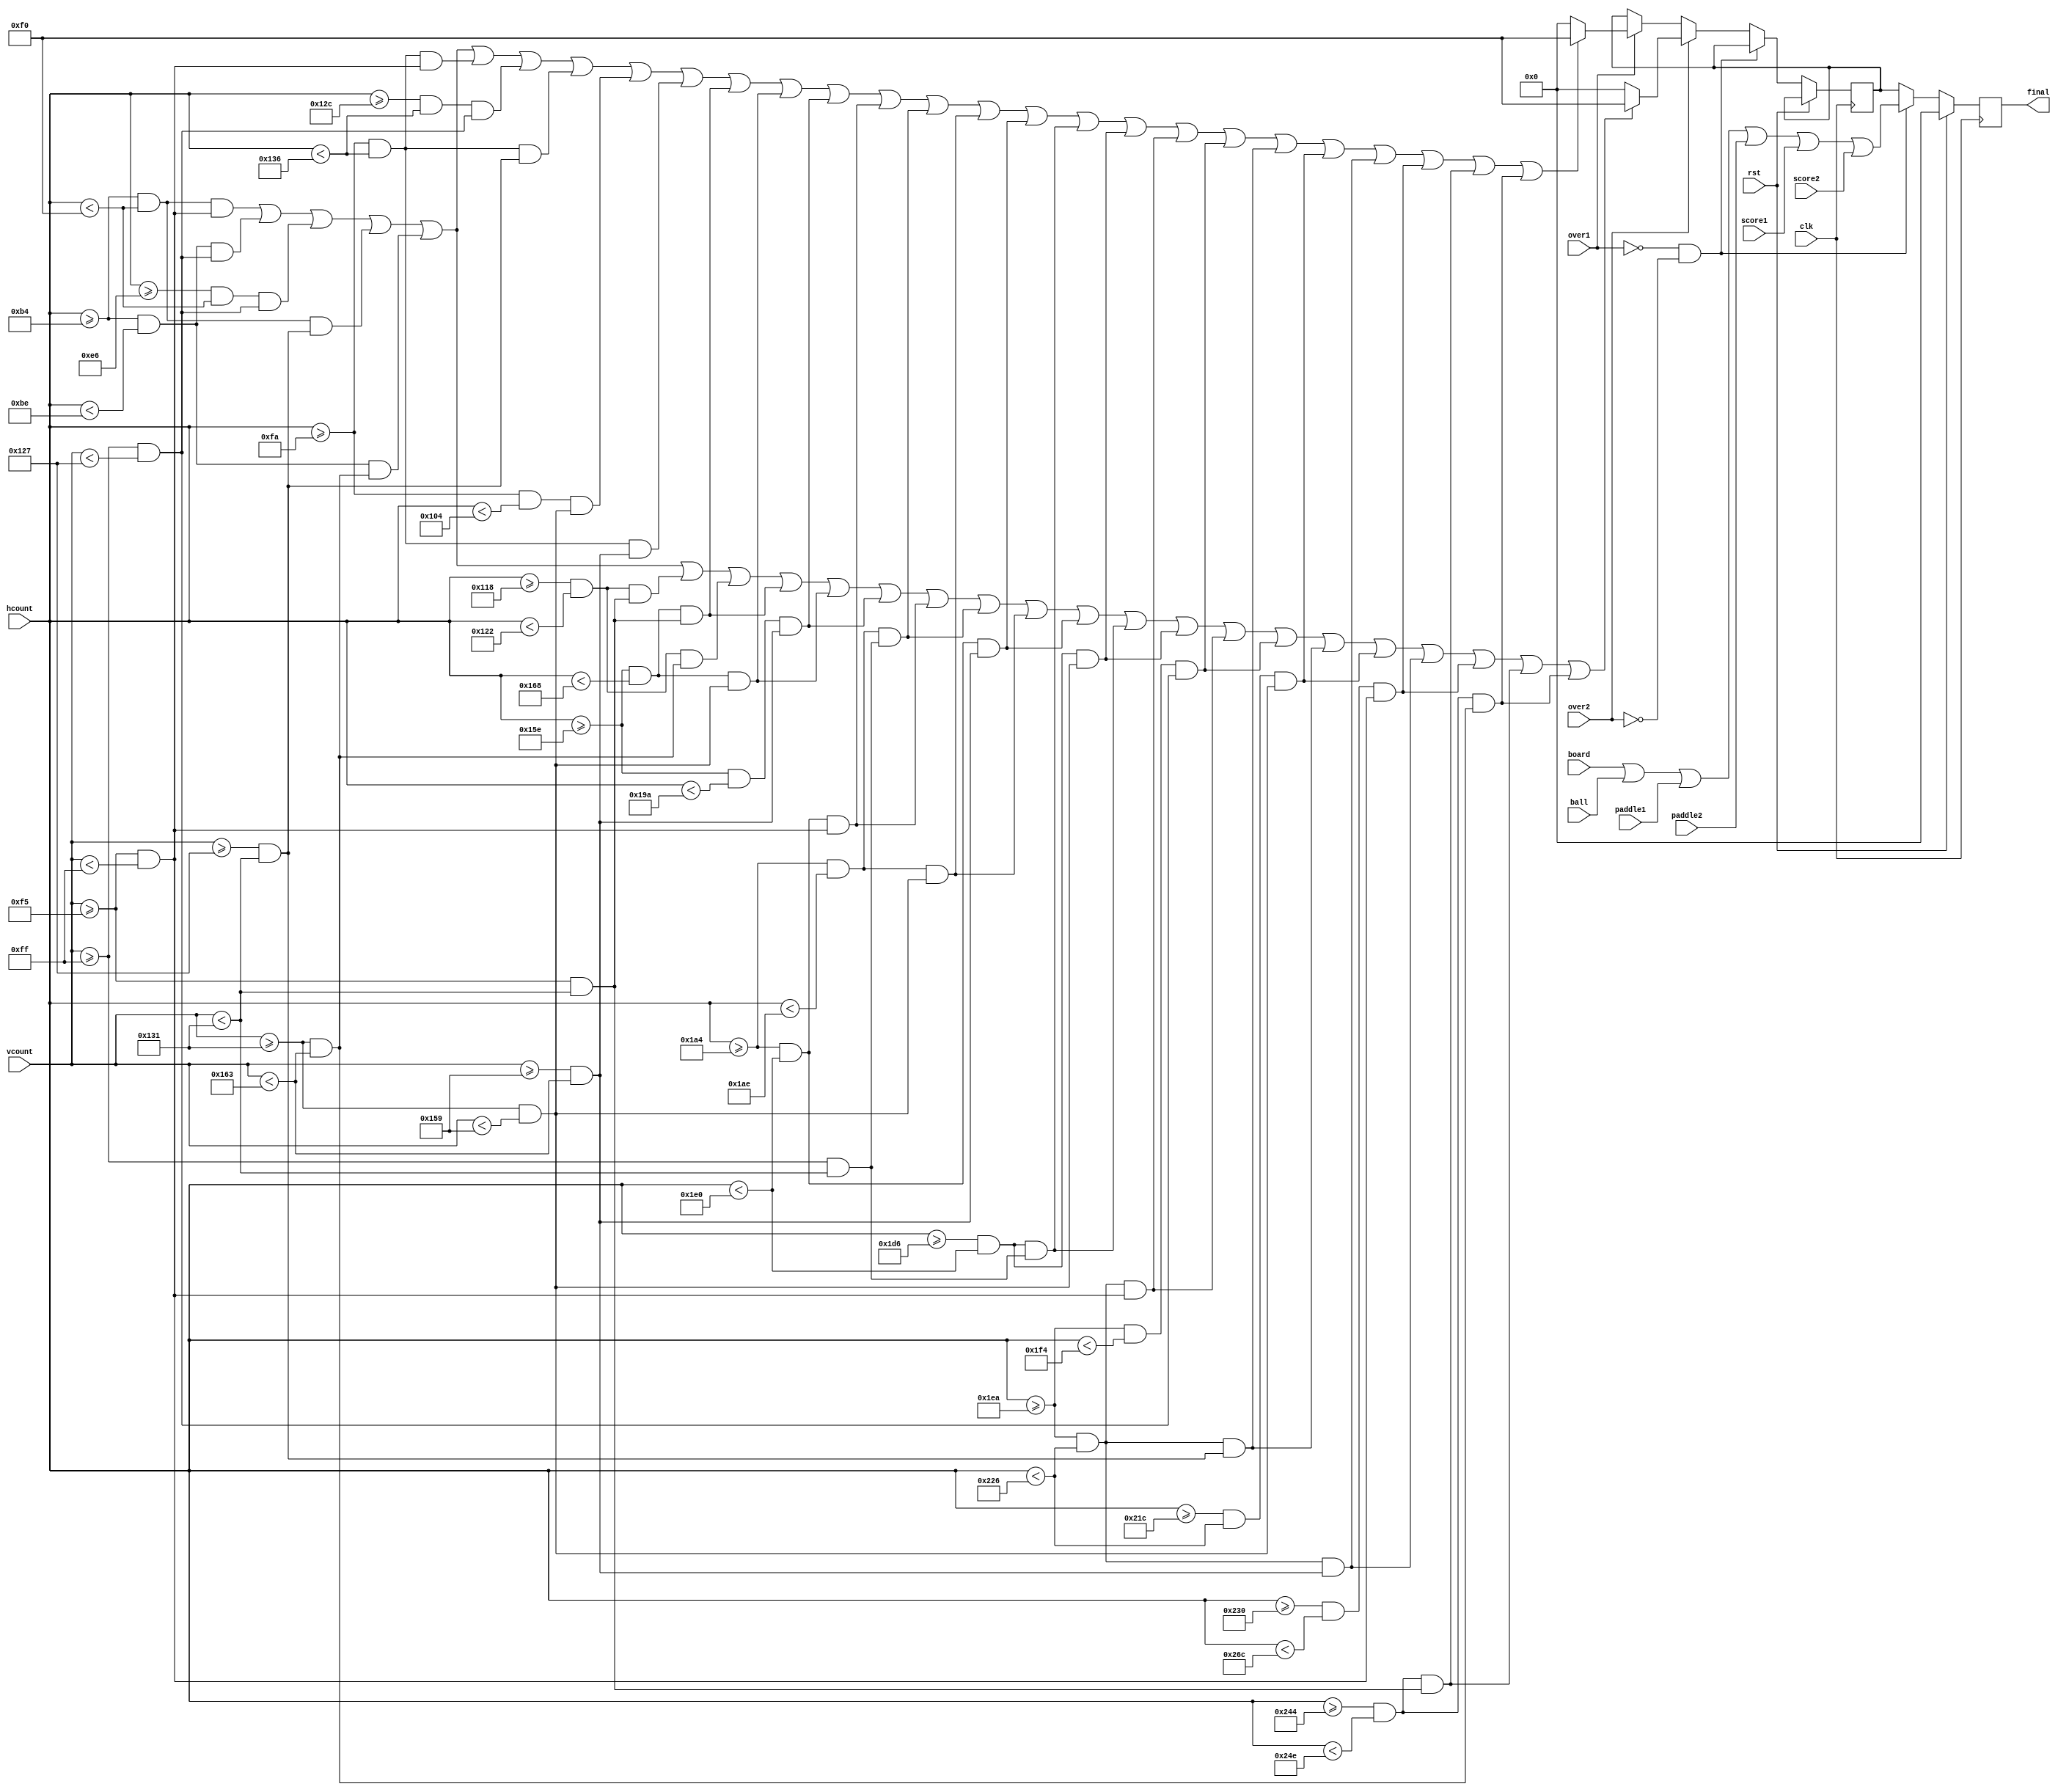
//  ===================================================================================
//  								  Define Module, Inputs and Outputs
//										* Generates final pixel output *
//  ===================================================================================
module output_pixels #(parameter WIDTH = 10,   // default width: 10 pixels
               HEIGHT = 40)(                // default height: 40 pixels 
		clk,
		rst,
		paddle1 ,
		paddle2,
		score1,
		score2,
		over1,
		over2,
		hcount,
		vcount,
		board,
		ball,
		final 
);

// ====================================================================================
// 										Port Declarations
// ====================================================================================
	input 		 clk;
	input 		 rst;
	input			 over1;
	input			 over2;
	input	[10:0] hcount;
	input	[9:0]	 vcount;
	input [7:0]  paddle1;
	input [7:0]  paddle2;
	input [7:0]	 score1;
	input [7:0]	 score2;
	input [7:0]  board;
	input [7:0]  ball;
	output [7:0] final;

// ====================================================================================
// 								Parameters, Register, and Wires
// ====================================================================================
	reg [7:0]	 final;
	reg [7:0]	 pixels;
	reg [7:0]	 x = 180;
	reg [7:0]	 y = 245;
  
//  ===================================================================================
// 							  				Implementation
//  ===================================================================================
	
		always @(posedge clk)
		begin
			if ( rst == 1 )
				final <= 0;
		   else
				if (over1 == 0 && over2 == 0)
					final <= board | ball | paddle1 | paddle2 | score1 | score2;
				else
				begin
					if (over2 == 1)
						if (((hcount >= x && hcount < (x + 2*WIDTH + HEIGHT)) && (vcount >= y && vcount < (y + WIDTH))) || //upper horizontal line																+-----+  |
							 ((hcount >= x && hcount < (x + WIDTH)) && (vcount >= (y + WIDTH) && vcount < (y + WIDTH + HEIGHT))) || //upper left vertical line												|		|  |
							 ((hcount >= (x + WIDTH + HEIGHT) && hcount < (x + 2*WIDTH + HEIGHT)) && (vcount >= (y + WIDTH) && vcount < (y + WIDTH + HEIGHT))) || //upper right vertical line		+-----+  |
							 ((hcount >= x && hcount < (x + 2*WIDTH + HEIGHT)) && (vcount >= (y + WIDTH + HEIGHT) && vcount < (y + 2*WIDTH + HEIGHT))) || //middle vertical line						|        |
							 ((hcount >= x && hcount < (x + WIDTH)) && (vcount >= (y + 2*WIDTH + HEIGHT) && vcount < (y + 3*WIDTH + 2*HEIGHT))) || //lower left vertical line							|        |
							 ((hcount >= (x + 4*WIDTH + HEIGHT + HEIGHT/2) && hcount < (x + 5*WIDTH + HEIGHT + HEIGHT/2)) && (vcount >= y && vcount < (y + 2*WIDTH + HEIGHT))) || //upper right vertical line								 |
							 ((hcount >= (x + 4*WIDTH + HEIGHT + HEIGHT/2) && hcount < (x + 5*WIDTH + HEIGHT + HEIGHT/2)) && (vcount >= (y + 2*WIDTH + HEIGHT) && vcount < (y + 3*WIDTH + 2*HEIGHT)))||//lower right vertical line    |
							 ((hcount >= (x + 5*WIDTH + 3*HEIGHT) && hcount < (x + 6*WIDTH + 3*HEIGHT)) && (vcount >= y && vcount < (y + 2*WIDTH + HEIGHT))) || //upper left vertical line						  	       |
							 ((hcount >= (x + 5*WIDTH + 3*HEIGHT) && hcount < (x + 6*WIDTH + 3*HEIGHT)) && (vcount >= (y + 2*WIDTH + HEIGHT) && vcount < (y + 2*WIDTH + 2*HEIGHT))) || //lower left vertical line   |
							 ((hcount >= (x + 5*WIDTH + 3*HEIGHT) && hcount < (x + 7*WIDTH + 4*HEIGHT)) && (vcount >= (y + 2*WIDTH + 2*HEIGHT) && vcount < (y + 3*WIDTH + 2*HEIGHT))) || //lower horizontal line    +-----
							 ((hcount >= (x + 8*WIDTH + 4*HEIGHT) && hcount < (x + 10*WIDTH + 5*HEIGHT)) && (vcount >= y && vcount < (y + WIDTH))) || //upper horizontal line												    +----+
							 ((hcount >= (x + 8*WIDTH + 4*HEIGHT) && hcount < (x + 9*WIDTH + 4*HEIGHT)) && (vcount >= (y + WIDTH) && vcount < (y + 2*WIDTH + HEIGHT))) || //upper left vertical line				    |    |
							 ((hcount >= (x + 8*WIDTH + 4*HEIGHT) && hcount < (x + 9*WIDTH + 4*HEIGHT)) && (vcount >= (y + 2*WIDTH + HEIGHT) && vcount < (y + 2*WIDTH + 2*HEIGHT))) || //lower left vertical line   |    |
							 ((hcount >= (x + 8*WIDTH + 4*HEIGHT) && hcount < (x + 10*WIDTH + 5*HEIGHT)) && (vcount >= (y + 2*WIDTH + 2*HEIGHT) && vcount < (y + 3*WIDTH + 2*HEIGHT))) || //lower horizontal line   |    |
							 ((hcount >= (x + 9*WIDTH + 5*HEIGHT) && hcount < (x + 10*WIDTH + 5*HEIGHT)) && (vcount >= (y + WIDTH) && vcount < (y + 2*WIDTH + HEIGHT))) || //upper right vertical line				    +----+
							 ((hcount >= (x + 9*WIDTH + 5*HEIGHT) && hcount < (x + 10*WIDTH + 5*HEIGHT)) && (vcount >= (y + 2*WIDTH + HEIGHT) && vcount < (y + 2*WIDTH + 2*HEIGHT))) ||//lower right vertical line  +----+
							 ((hcount >= (x + 11*WIDTH + 5*HEIGHT) && hcount < (x + 13*WIDTH + 6*HEIGHT)) && (vcount >= y && vcount < (y + WIDTH))) || //upper horizontal line													 |
							 ((hcount >= (x + 11*WIDTH + 5*HEIGHT) && hcount < (x + 12*WIDTH + 5*HEIGHT)) && (vcount >= (y + WIDTH) && vcount < (y + WIDTH + HEIGHT))) || //upper left vertical line					 +----+
							 ((hcount >= (x + 11*WIDTH + 5*HEIGHT) && hcount < (x + 13*WIDTH + 6*HEIGHT)) && (vcount >= (y + WIDTH + HEIGHT) && vcount < (y + 2*WIDTH + HEIGHT))) || //middle vertical line			 		|
							 ((hcount >= (x + 12*WIDTH + 6*HEIGHT) && hcount < (x + 13*WIDTH + 6*HEIGHT)) && (vcount >= (y + 2*WIDTH + HEIGHT) && vcount < (y + 2*WIDTH + 2*HEIGHT))) || //lower right 				 +----+		
							 ((hcount >= (x + 11*WIDTH + 5*HEIGHT) && hcount < (x + 13*WIDTH + 6*HEIGHT)) && (vcount >= (y + 2*WIDTH + 2*HEIGHT) && vcount < (y + 3*WIDTH + 2*HEIGHT))) ||//lower horizontal line	 +-+--+
							 ((hcount >= (x + 14*WIDTH + 6*HEIGHT) && hcount < (x + 16*WIDTH + 7*HEIGHT)) && (vcount >= y && vcount < (y + WIDTH))) || //upper horizontal line													 	|
							 ((hcount >= (x + 14*WIDTH + 6*HEIGHT + HEIGHT/2) && hcount < (x + 15*WIDTH + 6*HEIGHT + HEIGHT/2)) && (vcount >= y && vcount < (y + 2*WIDTH + HEIGHT))) || //upper right vertical line					|
							 ((hcount >= (x + 14*WIDTH + 6*HEIGHT + HEIGHT/2) && hcount < (x + 15*WIDTH + 6*HEIGHT + HEIGHT/2)) && (vcount >= (y + 2*WIDTH + HEIGHT) && vcount < (y + 3*WIDTH + 2*HEIGHT)))//lower right 			|
							)
							pixels <= 8'hF0;
						else 
							pixels <= 8'b0;
					else if (over1 == 1)
						if (((hcount >= x && hcount < (x + 2*WIDTH + HEIGHT)) && (vcount >= y && vcount < (y + WIDTH))) || //upper horizontal line																+-----+  +----+
							 ((hcount >= x && hcount < (x + WIDTH)) && (vcount >= (y + WIDTH) && vcount < (y + WIDTH + HEIGHT))) || //upper left vertical line												|		|  	  |
							 ((hcount >= (x + WIDTH + HEIGHT) && hcount < (x + 2*WIDTH + HEIGHT)) && (vcount >= (y + WIDTH) && vcount < (y + WIDTH + HEIGHT))) || //upper right vertical line		+-----+  +----+
							 ((hcount >= x && hcount < (x + 2*WIDTH + HEIGHT)) && (vcount >= (y + WIDTH + HEIGHT) && vcount < (y + 2*WIDTH + HEIGHT))) || //middle horizontal line									|        |
							 ((hcount >= x && hcount < (x + WIDTH)) && (vcount >= (y + 2*WIDTH + HEIGHT) && vcount < (y + 3*WIDTH + 2*HEIGHT))) || //lower left vertical line							|        +----+
							 ((hcount >= (x + 3*WIDTH + HEIGHT) && hcount < (x + 5*WIDTH + 2*HEIGHT)) && (vcount >= y && vcount < (y + WIDTH))) || //upper horizontal line
							 ((hcount >= (x + 4*WIDTH + 2*HEIGHT) && hcount < (x + 5*WIDTH + 2*HEIGHT)) && (vcount >= (y + WIDTH) && vcount < (y + WIDTH + HEIGHT))) || //upper right vertical line
							 ((hcount >= (x + 3*WIDTH + HEIGHT) && hcount < (x + 5*WIDTH + 2*HEIGHT)) && (vcount >= (y + WIDTH + HEIGHT) && vcount < (y + 2*WIDTH + HEIGHT))) || //middle horizontal line
							 ((hcount >= (x + 3*WIDTH + HEIGHT) && hcount < (x + 4*WIDTH + HEIGHT)) && (vcount >= (y + 2*WIDTH + HEIGHT) && vcount < (y + 2*WIDTH + 2*HEIGHT))) || //lower left vertical line		 |
							 ((hcount >= (x + 3*WIDTH + HEIGHT) && hcount < (x + 5*WIDTH + 2*HEIGHT)) && (vcount >= (y + 2*WIDTH + 2*HEIGHT) && vcount < (y + 3*WIDTH + 2*HEIGHT))) || //lower horizontal line		 |
							 ((hcount >= (x + 5*WIDTH + 3*HEIGHT) && hcount < (x + 6*WIDTH + 3*HEIGHT)) && (vcount >= y && vcount < (y + 2*WIDTH + HEIGHT))) || //upper left vertical line						  	       |
							 ((hcount >= (x + 5*WIDTH + 3*HEIGHT) && hcount < (x + 6*WIDTH + 3*HEIGHT)) && (vcount >= (y + 2*WIDTH + HEIGHT) && vcount < (y + 2*WIDTH + 2*HEIGHT))) || //lower left vertical line   |
							 ((hcount >= (x + 5*WIDTH + 3*HEIGHT) && hcount < (x + 7*WIDTH + 4*HEIGHT)) && (vcount >= (y + 2*WIDTH + 2*HEIGHT) && vcount < (y + 3*WIDTH + 2*HEIGHT))) || //lower horizontal line    +-----
							 ((hcount >= (x + 8*WIDTH + 4*HEIGHT) && hcount < (x + 10*WIDTH + 5*HEIGHT)) && (vcount >= y && vcount < (y + WIDTH))) || //upper horizontal line												    +----+
							 ((hcount >= (x + 8*WIDTH + 4*HEIGHT) && hcount < (x + 9*WIDTH + 4*HEIGHT)) && (vcount >= (y + WIDTH) && vcount < (y + 2*WIDTH + HEIGHT))) || //upper left vertical line				    |    |
							 ((hcount >= (x + 8*WIDTH + 4*HEIGHT) && hcount < (x + 9*WIDTH + 4*HEIGHT)) && (vcount >= (y + 2*WIDTH + HEIGHT) && vcount < (y + 2*WIDTH + 2*HEIGHT))) || //lower left vertical line   |    |
							 ((hcount >= (x + 8*WIDTH + 4*HEIGHT) && hcount < (x + 10*WIDTH + 5*HEIGHT)) && (vcount >= (y + 2*WIDTH + 2*HEIGHT) && vcount < (y + 3*WIDTH + 2*HEIGHT))) || //lower horizontal line   |    |
							 ((hcount >= (x + 9*WIDTH + 5*HEIGHT) && hcount < (x + 10*WIDTH + 5*HEIGHT)) && (vcount >= (y + WIDTH) && vcount < (y + 2*WIDTH + HEIGHT))) || //upper right vertical line				    +----+
							 ((hcount >= (x + 9*WIDTH + 5*HEIGHT) && hcount < (x + 10*WIDTH + 5*HEIGHT)) && (vcount >= (y + 2*WIDTH + HEIGHT) && vcount < (y + 2*WIDTH + 2*HEIGHT))) ||//lower right vertical line  +----+
							 ((hcount >= (x + 11*WIDTH + 5*HEIGHT) && hcount < (x + 13*WIDTH + 6*HEIGHT)) && (vcount >= y && vcount < (y + WIDTH))) || //upper horizontal line													 |
							 ((hcount >= (x + 11*WIDTH + 5*HEIGHT) && hcount < (x + 12*WIDTH + 5*HEIGHT)) && (vcount >= (y + WIDTH) && vcount < (y + WIDTH + HEIGHT))) || //upper left vertical line					 +----+
							 ((hcount >= (x + 11*WIDTH + 5*HEIGHT) && hcount < (x + 13*WIDTH + 6*HEIGHT)) && (vcount >= (y + WIDTH + HEIGHT) && vcount < (y + 2*WIDTH + HEIGHT))) || //middle horizontal line		 		|
							 ((hcount >= (x + 12*WIDTH + 6*HEIGHT) && hcount < (x + 13*WIDTH + 6*HEIGHT)) && (vcount >= (y + 2*WIDTH + HEIGHT) && vcount < (y + 2*WIDTH + 2*HEIGHT))) || //lower right 				 +----+		
							 ((hcount >= (x + 11*WIDTH + 5*HEIGHT) && hcount < (x + 13*WIDTH + 6*HEIGHT)) && (vcount >= (y + 2*WIDTH + 2*HEIGHT) && vcount < (y + 3*WIDTH + 2*HEIGHT))) ||//lower horizontal line	 +-+--+
							 ((hcount >= (x + 14*WIDTH + 6*HEIGHT) && hcount < (x + 16*WIDTH + 7*HEIGHT)) && (vcount >= y && vcount < (y + WIDTH))) || //upper horizontal line													 	|
							 ((hcount >= (x + 14*WIDTH + 6*HEIGHT + HEIGHT/2) && hcount < (x + 15*WIDTH + 6*HEIGHT + HEIGHT/2)) && (vcount >= y && vcount < (y + 2*WIDTH + HEIGHT))) || 								//		|
							 ((hcount >= (x + 14*WIDTH + 6*HEIGHT + HEIGHT/2) && hcount < (x + 15*WIDTH + 6*HEIGHT + HEIGHT/2)) && (vcount >= (y + 2*WIDTH + HEIGHT) && vcount < (y + 3*WIDTH + 2*HEIGHT)))		//		|
							)
							pixels <= 8'hF0;
						else 
							pixels <= 8'b0;
						
					final <= pixels;
				end
		end
										
endmodule